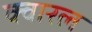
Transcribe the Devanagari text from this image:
क्वारल